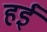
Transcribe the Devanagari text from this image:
हईं